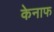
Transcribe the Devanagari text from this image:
केनाफ